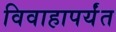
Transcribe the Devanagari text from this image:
विवाहापर्यंत